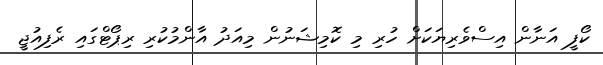
ކޯފީ އަނާން އިސްވެރިޔަކަށް ހުރި މި ކޮމިޝަނުން މިއަދު އާންމުކުރި ރިޕޯޓްގައި ރެފިއުޖީ